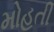
મોહતી